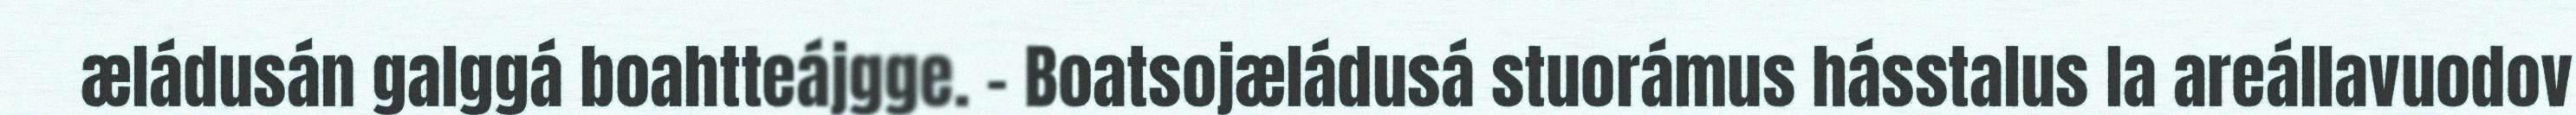
æládusán galggá boahtteájgge. - Boatsojæládusá stuorámus hásstalus la areállavuodov